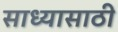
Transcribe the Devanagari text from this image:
साध्यासाठी